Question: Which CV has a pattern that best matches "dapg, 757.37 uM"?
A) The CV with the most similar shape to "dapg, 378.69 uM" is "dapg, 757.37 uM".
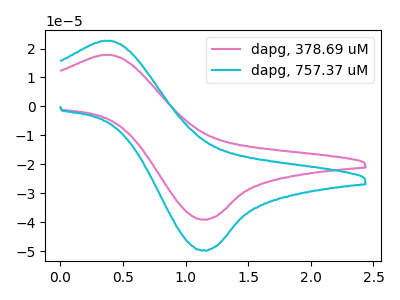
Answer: <think>The pink curve "dapg, 378.69 uM" has an anodic peak at (0.40V, 17.80uA) and a cathodic peak at (1.15V, -39.05uA). The cyan curve "dapg, 757.37 uM" has an anodic peak at (0.40V, 22.70uA) and a cathodic peak at (1.15V, -49.75uA).
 All the peaks in "dapg, 378.69 uM" have a peak in "dapg, 757.37 uM" at the same potential. Every peak in "dapg, 378.69 uM" is lower than every peak in "dapg, 757.37 uM".</think>
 <answer>A) The CV with the most similar shape to "dapg, 378.69 uM" is "dapg, 757.37 uM".</answer>
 <eval>A</eval>